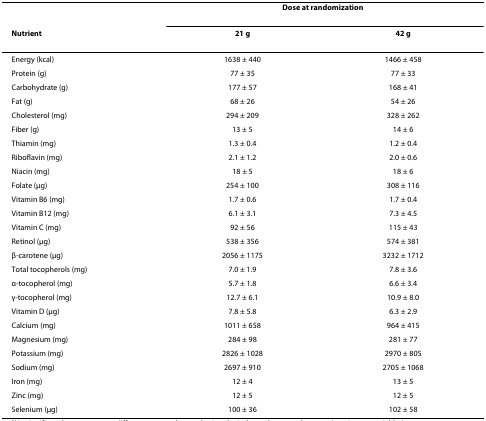
|  | <COLSPAN=2> Dose at randomization |
 | Nutrient | 21 g | 42 g |
 | --- | --- | --- |
 | Energy (kcal) | 1638 ± 440 | 1466 ± 458 |
 | Protein (g) | 77 ± 35 | 77 ± 33 |
 | Carbohydrate (g) | 177 ± 57 | 168 ± 41 |
 | Fat (g) | 68 ± 26 | 54 ± 26 |
 | Cholesterol (mg) | 294 ± 209 | 328 ± 262 |
 | Fiber (g) | 13 ± 5 | 14 ± 6 |
 | Thiamin (mg) | 1.3 ± 0.4 | 1.2 ± 0.4 |
 | Riboflavin (mg) | 2.1 ± 1.2 | 2.0 ± 0.6 |
 | Niacin (mg) | 18 ± 5 | 18 ± 6 |
 | Folate (μg) | 254 ± 100 | 308 ± 116 |
 | Vitamin B6 (mg) | 1.7 ± 0.6 | 1.7 ± 0.4 |
 | Vitamin B12 (mg) | 6.1 ± 3.1 | 7.3 ± 4.5 |
 | Vitamin C (mg) | 92 ± 56 | 115 ± 43 |
 | Retinol (μg) | 538 ± 356 | 574 ± 381 |
 | β-carotene (μg) | 2056 ± 1175 | 3232 ± 1712 |
 | Total tocopherols (mg) | 7.0 ± 1.9 | 7.8 ± 3.6 |
 | α-tocopherol (mg) | 5.7 ± 1.8 | 6.6 ± 3.4 |
 | γ-tocopherol (mg) | 12.7 ± 6.1 | 10.9 ± 8.0 |
 | Vitamin D (μg) | 7.8 ± 5.8 | 6.3 ± 2.9 |
 | Calcium (mg) | 1011 ± 658 | 964 ± 415 |
 | Magnesium (mg) | 284 ± 98 | 281 ± 77 |
 | Potassium (mg) | 2826 ± 1028 | 2970 ± 805 |
 | Sodium (mg) | 2697 ± 910 | 2705 ± 1068 |
 | Iron (mg) | 12 ± 4 | 13 ± 5 |
 | Zinc (mg) | 12 ± 5 | 12 ± 5 |
 | Selenium (μg) | 100 ± 36 | 102 ± 58 |